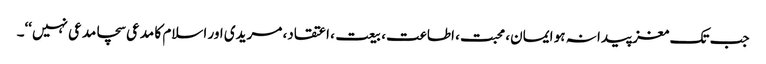
جب تک مغز پیدا نہ ہو ایمان، محبت، اطاعت، بیعت، اعتقاد، مریدی اور اسلام کا مدعی سچامدعی نہیں‘‘۔